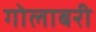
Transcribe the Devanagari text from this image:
गोलाबरी